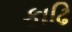
કાઢિ